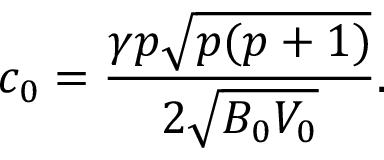
c _ { 0 } = \frac { \gamma p \sqrt { p ( p + 1 ) } } { 2 \sqrt { B _ { 0 } V _ { 0 } } } .